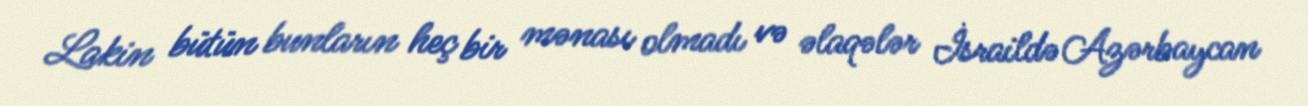
Lakin bütün bunların heç bir mənası olmadı və əlaqələr İsraildə Azərbaycan